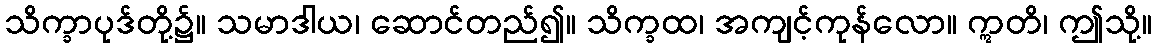
သိက္ခာပုဒ်တို့၌။ သမာဒါယ၊ ဆောင်တည်၍။ သိက္ခထ၊ အကျင့်ကုန်လော။ ဣတိ၊ ဤသို့။